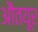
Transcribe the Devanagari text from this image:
औतयूर